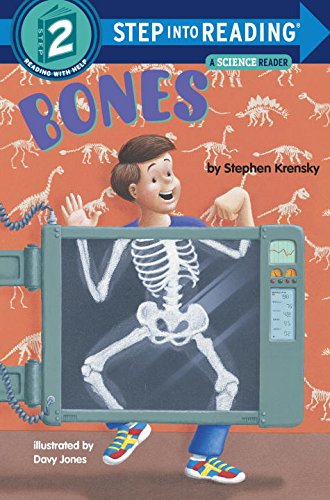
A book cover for Bones (Step-Into-Reading, Step 2); Stephen Krensky; Children's Books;